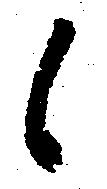
候